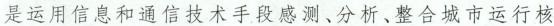
是运用信息和通信技术手段感测、分析、整合城市运行核